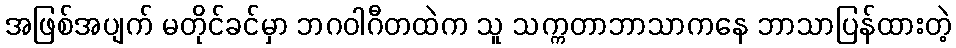
အဖြစ်အပျက် မတိုင်ခင်မှာ ဘဂဝါဂီတထဲက သူ သက္ကတာဘာသာကနေ ဘာသာပြန်ထားတဲ့